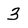
Character: 3